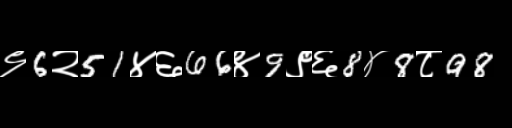
Text: ९6२51४६66४9९६8४8८98